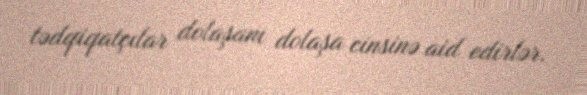
tədqiqatçılar dolaşanı dolaşa cinsinə aid edirlər.